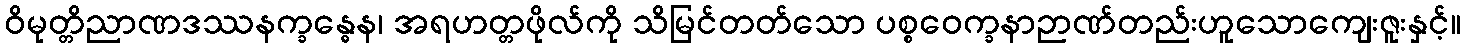
ဝိမုတ္တိညာဏဒဿနက္ခန္ဓေန၊ အရဟတ္တဖိုလ်ကို သိမြင်တတ်သော ပစ္စဝေက္ခနာဉာဏ်တည်းဟူသောကျေးဇူးနှင့်။